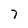
Character: 7